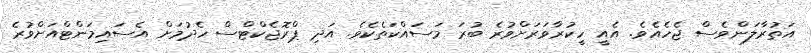
އަތުރާލަންވެސް ޖެހެއެވެ. އެއީ ހީކުރާވަރަށްވުރެ ބުރަ މަސައްކަތެކެވެ. އަދި ޕްރޮޖެކްޓްސް ހެދުމަށް އެސައިމަންޓްއަށްވުރެ